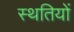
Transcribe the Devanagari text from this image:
स्थतियों